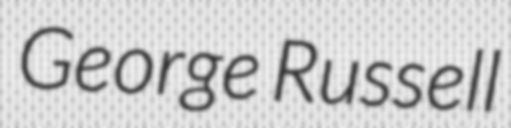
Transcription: George Russell